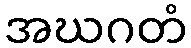
အဃဂတံ